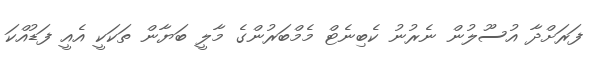
ފަރަށްދާ އުސޫލުން ނެރުނު ކެބިނެޓް މެމްބަރުންގެ މާލީ ބަޔާން ތަކަކީ އެއީ ފަޑުއްކަ